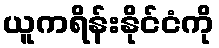
ယူကရိန်းနိုင်ငံကို